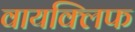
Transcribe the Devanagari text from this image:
वायक्लिफ